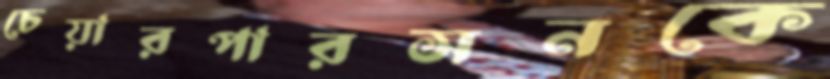
চেয়ারপারসনকে